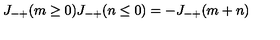
J _ { - + } ( m \ge 0 ) J _ { - + } ( n \le 0 ) = - J _ { - + } ( m + n )